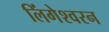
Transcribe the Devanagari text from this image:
लिंगेश्वरन